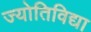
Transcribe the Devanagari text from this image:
ज्योतिविद्या